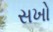
સખો